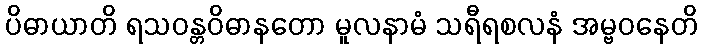
ပိဓာယာတိ ရသဝန္တဝိဓာနတော မူလနာမံ သရီရစလနံ အမ္ဗဝနေတိ